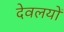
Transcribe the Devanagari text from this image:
देवलयों